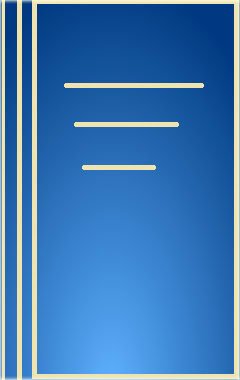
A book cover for A Baseball All-Star (Making of a Champion); Brendan January; Children's Books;